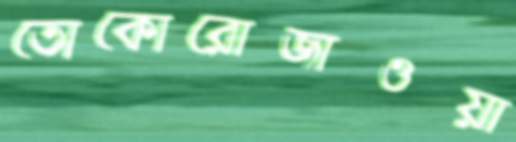
তোকোরোজাওয়া